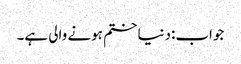
جواب:دنیا ختم ہونے والی ہے۔